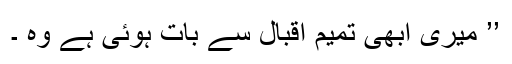
’’ میری ابھی تمیم اقبال سے بات ہوئی ہے وہ ۔